Lunatic asylums Bombay report 1891-1903 - 1891-1903
Year: 1891
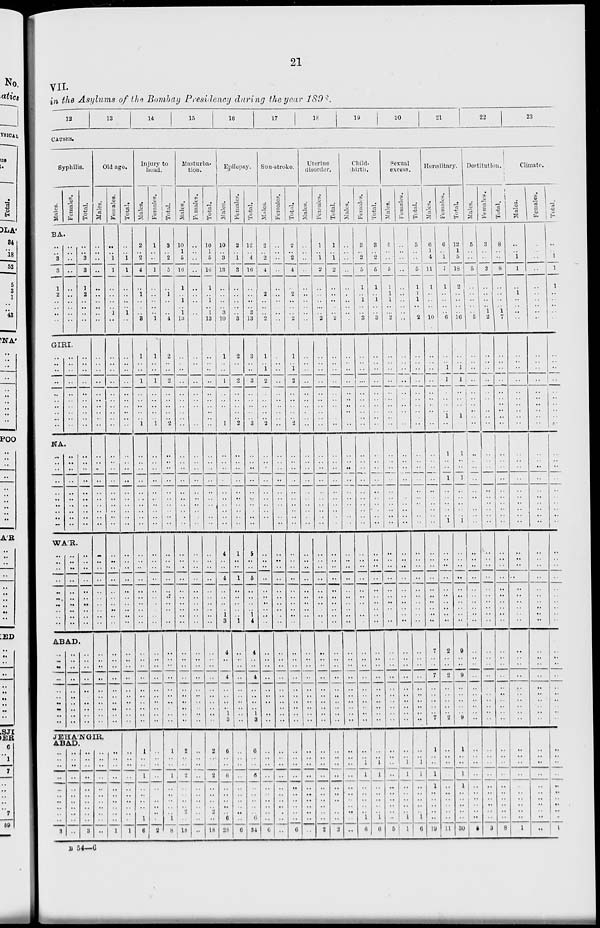
21
VII.
in the Asylums of the Bombay Presidency during the year 1898.
12
13
14
15
16
17
18
19
20
21
22
23
CAUSES.
Syphilis.
Males.
Females.
Total.
BA.
..
..
3
3
1
2
..
..
..
..
..
..
..
..
..
..
..
..
..
..
..
..
3
3
1
2
..
..
..
..
GIRI.
..
..
..
..
..
..
..
..
..
..
..
..
..
..
..
..
..
..
..
..
..
..
..
..
..
..
..
..
..
..
NA.
..
..
..
..
..
..
..
..
..
..
..
..
..
..
..
..
..
..
..
..
..
..
..
..
..
..
..
..
..
..
WÁR.
..
..
..
..
..
..
..
..
..
..
..
..
..
..
..
..
..
..
..
..
..
..
..
..
..
..
..
..
..
..
ABAD.
..
..
..
..
..
..
..
..
..
..
..
..
..
..
..
..
..
..
..
..
..
..
..
..
..
..
..
..
..
..
Old age.
Males.
..
..
..
..
..
..
..
..
..
..
..
..
..
..
..
..
..
..
..
..
..
..
..
..
..
..
..
..
..
..
..
..
..
..
..
..
..
..
..
..
..
..
..
..
..
..
..
..
..
..
Females.
..
..
1
1
..
..
..
..
1
..
..
..
..
..
..
..
..
..
..
..
..
..
..
..
..
..
..
..
..
..
..
..
..
..
..
..
..
..
..
..
..
..
..
..
..
..
..
..
..
..
JEHÁNGIR,
ABAD.
..
..
..
..
..
..
..
..
..
..
3
..
..
..
..
..
..
..
..
..
..
..
..
..
..
..
..
..
..
..
..
..
3
..
..
..
..
..
..
..
..
..
..
..
..
..
..
..
..
..
..
..
..
..
1
Total.
..
..
1
1
..
..
..
..
1
..
..
..
..
..
..
..
..
..
..
..
..
..
..
..
..
..
..
..
..
..
..
..
..
..
..
..
..
..
..
..
..
..
..
..
..
..
..
..
..
..
..
..
..
..
..
..
..
..
..
..
1
Injury to
head.
Males.
2
..
2
4
..
1
..
..
..
3
1
..
..
1
..
..
..
..
..
1
..
..
..
..
..
..
..
..
..
..
..
..
..
..
..
..
..
..
..
..
..
..
..
..
..
..
..
..
..
..
1
..
..
1
..
..
..
..
..
1
6
Females.
1
..
..
1
..
..
..
..
..
1
1
..
..
1
..
..
..
..
..
1
..
..
..
..
..
..
..
..
..
..
..
..
..
..
..
..
..
..
..
..
..
..
..
..
..
..
..
..
..
..
..
..
..
..
..
..
..
.. ..
..
2
Total.
3
..
2
5
..
1
..
..
..
4
2
..
..
2
..
..
..
..
..
2
..
..
..
..
..
..
..
..
..
..
..
..
..
..
..
..
..
..
..
..
..
..
..
..
..
..
..
..
..
..
1
..
..
1
..
..
..
.. ..
1
8
Masturba-
tion.
Males.
10
1
5
16
1
..
1
..
1
13
..
..
..
..
..
..
..
..
..
..
..
..
..
..
..
..
..
..
..
..
..
..
..
..
..
..
..
..
..
..
..
..
..
..
..
..
..
..
..
..
2
..
..
2
..
..
..
.. 2
..
18
Females.
..
..
..
..
..
..
..
..
..
..
..
..
..
..
..
..
..
..
..
..
..
..
..
..
..
..
..
..
..
..
..
..
..
..
..
..
..
..
..
..
..
..
..
..
..
..
..
..
..
..
..
..
..
..
..
..
.. ..
..
..
Total.
10
1
5
16
1
..
1
..
1
13
..
..
..
..
..
..
..
..
..
..
..
..
..
..
..
..
..
.. ..
..
..
..
..
..
..
..
..
..
..
..
..
..
..
..
..
..
..
..
..
..
2
..
..
2
..
..
..
..
2
..
18
Epilepsy.
Males.
10
..
3
13
..
..
..
..
3
10
1
..
..
1
..
..
..
..
..
1
..
..
..
..
..
..
..
..
..
..
4
..
..
4
..
..
..
.. 1
3
4
..
..
4
..
..
..
.. 1
3
6
..
..
6
..
..
..
..
..
6
28
Females.
2
..
1
3
..
..
..
..
..
3
2
..
..
2
..
..
..
..
..
2
..
..
..
..
..
..
..
..
..
..
1
..
..
1
..
..
..
.. ..
1
..
..
..
..
..
..
..
.. ..
..
..
..
..
..
..
..
..
..
..
..
6
Total.
12
..
4
16
..
..
..
..
3
13
3
..
..
3
..
..
..
..
..
3
..
..
..
..
..
..
..
..
..
..
5
..
..
5
..
..
..
.. 1
4
4
..
..
4
..
..
..
.. 1
3
6
..
..
6
..
..
..
..
..
6
34
Sun-stroke.
Males.
2
..
2
4
..
2
..
..
..
2
1
..
1
2
..
..
..
..
..
2
..
..
..
..
..
..
..
..
..
..
..
..
..
..
..
..
..
..
..
..
..
..
..
..
..
..
..
..
..
..
..
..
..
..
..
..
..
..
..
..
6
Females.
..
..
..
..
..
..
..
..
..
..
..
..
..
..
..
..
..
..
..
..
..
..
..
..
..
..
..
..
..
..
..
..
..
..
..
..
..
..
..
..
..
..
..
..
..
..
..
..
..
..
..
..
..
..
..
..
..
..
..
..
..
Total.
2
..
2
4
..
2
..
..
..
2
1
..
1
2
..
..
..
..
..
2
..
..
..
..
..
..
..
..
..
..
..
..
..
..
..
..
..
..
..
..
..
..
..
..
..
..
..
..
..
..
..
..
..
..
..
..
..
..
..
..
6
Uterine
disorder.
Males.
..
..
..
..
..
..
..
..
..
..
..
..
..
..
..
..
..
..
..
..
..
..
..
..
..
..
..
..
..
..
..
..
..
..
..
..
..
..
..
..
..
..
..
..
..
..
..
..
..
..
..
..
..
..
..
..
..
..
..
..
..
Females.
1
..
1
2
..
..
..
..
..
2
..
..
..
..
..
..
..
..
..
..
..
..
..
..
..
..
..
..
..
..
..
..
..
..
..
..
..
..
..
..
..
..
..
..
..
..
..
..
..
..
..
..
..
..
..
..
..
..
..
..
2
Total.
1
..
1
2
..
..
..
..
..
2
..
..
..
..
..
..
..
..
..
..
..
..
..
..
..
..
..
..
..
..
..
..
..
..
..
..
..
..
..
..
..
..
..
..
..
..
..
..
..
..
..
..
..
..
..
..
..
..
..
..
2
Child
birth.
Males.
..
..
..
..
..
..
..
..
..
..
..
..
..
..
..
..
..
..
..
..
..
..
..
..
..
..
..
..
..
..
..
..
..
..
..
..
..
..
..
..
..
..
..
..
..
..
..
..
..
..
..
..
..
..
..
..
..
..
..
..
Females.
3
..
2
5
1
..
1
..
..
3
..
..
..
..
..
..
..
..
..
..
..
..
..
..
..
..
..
..
..
..
..
..
..
..
..
..
..
..
..
..
..
..
..
..
..
..
..
..
..
..
..
.. 1
1
..
..
..
..
..
1
6
Total.
3
..
2
5
1
..
1
..
..
3
..
..
..
..
..
..
..
..
..
..
..
..
..
..
..
..
..
..
..
..
..
..
..
..
..
..
..
..
..
..
..
..
..
..
..
..
..
..
..
..
..
.. 1
1
..
..
..
..
..
1
6
Sexual
excess.
Males.
5
..
..
5
1
1
1
..
..
2
..
..
..
..
..
..
..
..
..
..
..
..
..
..
..
..
..
..
..
..
..
..
..
..
..
..
..
..
..
..
..
..
..
..
..
..
..
..
..
..
..
..
..
..
..
..
..
..
..
..
5
Females.
..
..
..
..
..
..
..
..
..
..
..
..
..
..
..
..
..
..
..
..
..
..
..
..
..
..
..
..
..
..
..
..
..
..
..
..
..
..
..
..
..
..
..
..
..
..
..
..
..
..
..
.. 1
1
..
..
..
..
..
1
1
Total.
5
..
..
5
1
1
1
..
..
2
..
..
..
..
..
..
..
..
..
..
..
..
..
..
..
..
..
..
..
..
..
..
..
..
..
..
..
..
..
..
..
..
..
..
..
..
..
..
..
..
..
.. 1
1
..
..
..
..
..
1
6
Hereditary.
Males.
6
1
4
11
1
..
..
..
..
10
..
..
..
..
..
..
..
..
..
..
..
..
..
..
..
..
..
..
..
..
..
..
..
..
..
..
..
..
..
..
7
..
..
7
..
..
..
..
..
7
1
..
..
1
1
..
..
..
..
..
19
Females.
6
..
1
7
1
..
..
..
..
6
..
..
1
1
..
..
..
..
1
..
1
..
..
1
..
..
..
..
..
1
..
..
..
..
..
..
..
..
..
..
2
..
..
2
..
..
..
..
..
2
..
..
..
..
..
..
..
..
..
..
11
Total.
12
1
5
18
2
..
..
..
..
16
..
..
1
1
..
..
..
..
1
..
1
..
..
1
..
..
..
..
..
1
..
..
..
..
..
..
..
..
..
..
9
..
..
9
..
..
..
..
..
9
1
..
..
1
1
..
..
..
..
..
30
Destitution.
Males.
5
..
..
5
..
..
..
..
..
5
..
..
..
..
..
..
..
..
..
..
..
..
..
..
..
..
..
..
..
..
..
..
..
..
..
..
..
..
..
..
..
..
..
..
..
..
..
..
..
..
..
..
..
..
..
..
..
..
..
..
5
Females.
3
..
..
3
..
..
..
..
1
2
..
..
..
..
..
..
..
..
..
..
..
..
..
..
..
..
..
..
..
..
..
..
..
..
..
..
..
..
..
..
..
..
..
..
..
..
..
..
..
..
..
..
..
..
..
..
..
..
..
..
3
Total.
8
..
..
8
..
..
..
..
1
7
..
..
..
..
..
..
..
..
..
..
..
..
..
..
..
..
..
..
..
..
..
..
..
..
..
..
..
..
..
..
..
..
..
..
..
..
..
..
..
..
..
..
..
..
..
..
..
..
..
..
8
Climate.
Males.
..
..
1
1
..
1
..
..
..
..
..
..
..
..
..
..
..
..
..
..
..
..
..
..
..
..
..
..
..
..
..
..
..
..
..
..
..
..
..
..
..
..
..
..
..
..
..
..
..
..
..
..
..
..
..
..
..
..
..
..
1
Females.
..
..
..
..
..
..
..
..
..
..
..
..
..
..
..
..
..
..
..
..
..
..
..
..
..
..
..
..
..
..
..
..
..
..
..
..
..
..
..
..
..
..
..
..
..
..
..
..
..
..
..
..
..
..
..
..
..
..
..
..
..
Total.
..
..
1
1
1
..
..
..
..
..
..
..
..
..
..
..
..
..
..
..
..
..
..
..
..
..
..
..
..
..
..
..
..
..
..
..
..
.. ..
..
..
..
..
..
..
..
..
..
..
..
..
..
..
..
..
..
..
..
..
..
1
B 54—6